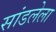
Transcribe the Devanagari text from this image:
सांडलेला